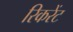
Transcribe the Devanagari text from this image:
रिकरेंट